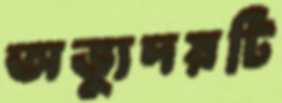
অভ্যুদয়টি